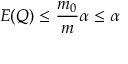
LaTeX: E ( Q ) \leq { \frac { m _ { 0 } } { m } } \alpha \leq \alpha